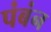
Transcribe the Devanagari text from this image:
पंबंन